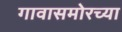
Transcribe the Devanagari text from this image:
गावासमोरच्या